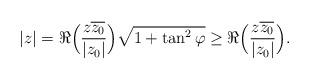
LaTeX: \begin{align*} |z| = \Re\Big(\frac{z \overline{z_0}}{|z_0|}\Big) \sqrt{1+\tan^2\varphi} \geq \Re\Big(\frac{z \overline{z_0}}{|z_0|}\Big) .\end{align*}